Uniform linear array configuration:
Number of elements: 16
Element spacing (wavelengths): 0.75
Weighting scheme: exponential
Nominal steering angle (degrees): -15
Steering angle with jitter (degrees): -15.229
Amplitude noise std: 0.05
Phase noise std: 0.05

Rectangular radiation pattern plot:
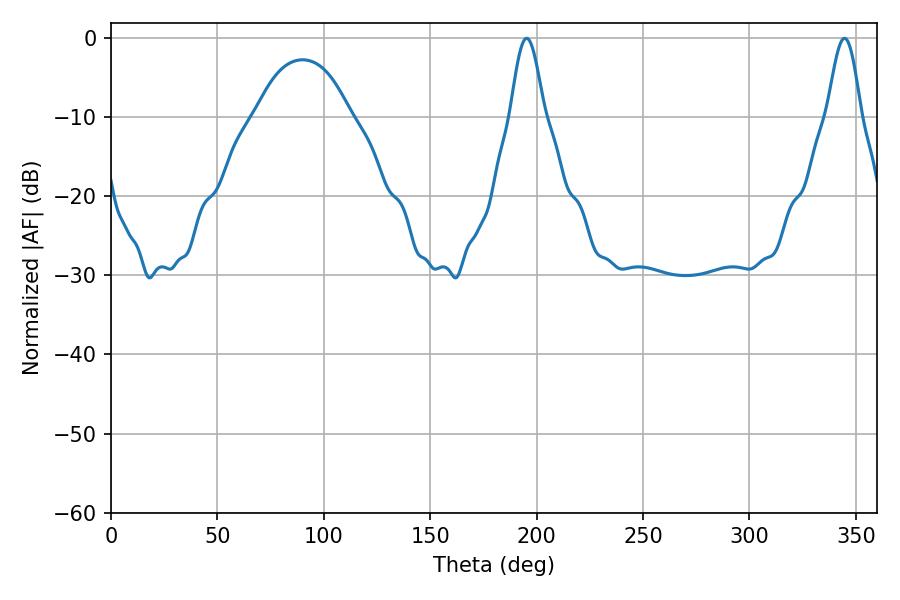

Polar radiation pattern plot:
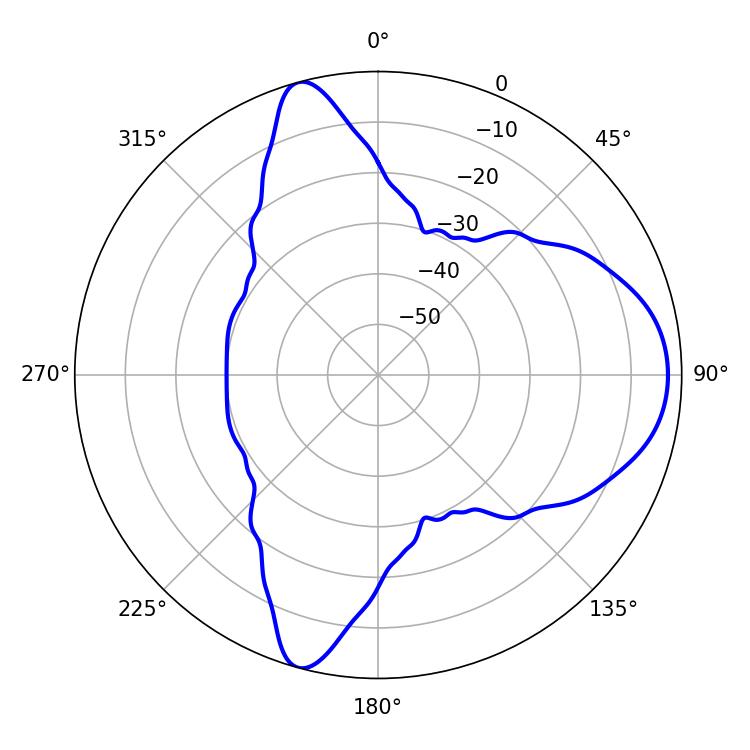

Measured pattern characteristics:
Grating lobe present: TRUE
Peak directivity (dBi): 9.754
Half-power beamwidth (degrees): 8.46
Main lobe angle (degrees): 195.3